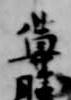
尊